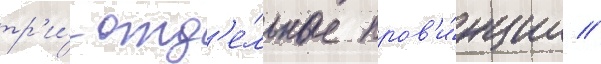
тр'и́ отд'е́льные пров'и́нции //